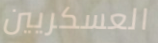
العسكريين